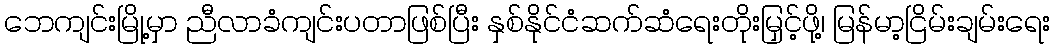
ဘေကျင်းမြို့မှာ ညီလာခံကျင်းပတာဖြစ်ပြီး နှစ်နိုင်ငံဆက်ဆံရေးတိုးမြှင့်ဖို့၊ မြန်မာ့ငြိမ်းချမ်းရေး